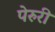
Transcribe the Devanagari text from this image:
पेरुरी